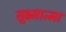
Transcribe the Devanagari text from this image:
सूक्ष्मात्मा